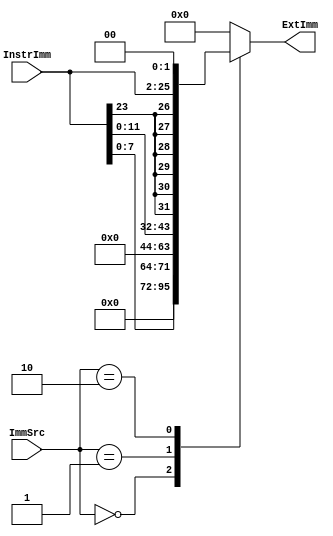
module Extend(
    input [1:0] ImmSrc,
    input [23:0] InstrImm,

    output reg [31:0] ExtImm
    );  

always@(*) begin
    case(ImmSrc) 
        2'b00: ExtImm={24'b0,InstrImm[7:0]};
        2'b01: ExtImm={20'b0,InstrImm[11:0]};
        2'b10: ExtImm={{6{InstrImm[23]}},InstrImm[23:0],2'b0};
        default: ExtImm=0;
    endcase
end     
endmodule